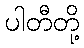
ပါတီတို့